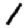
Digit: 1